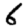
Digit: 6